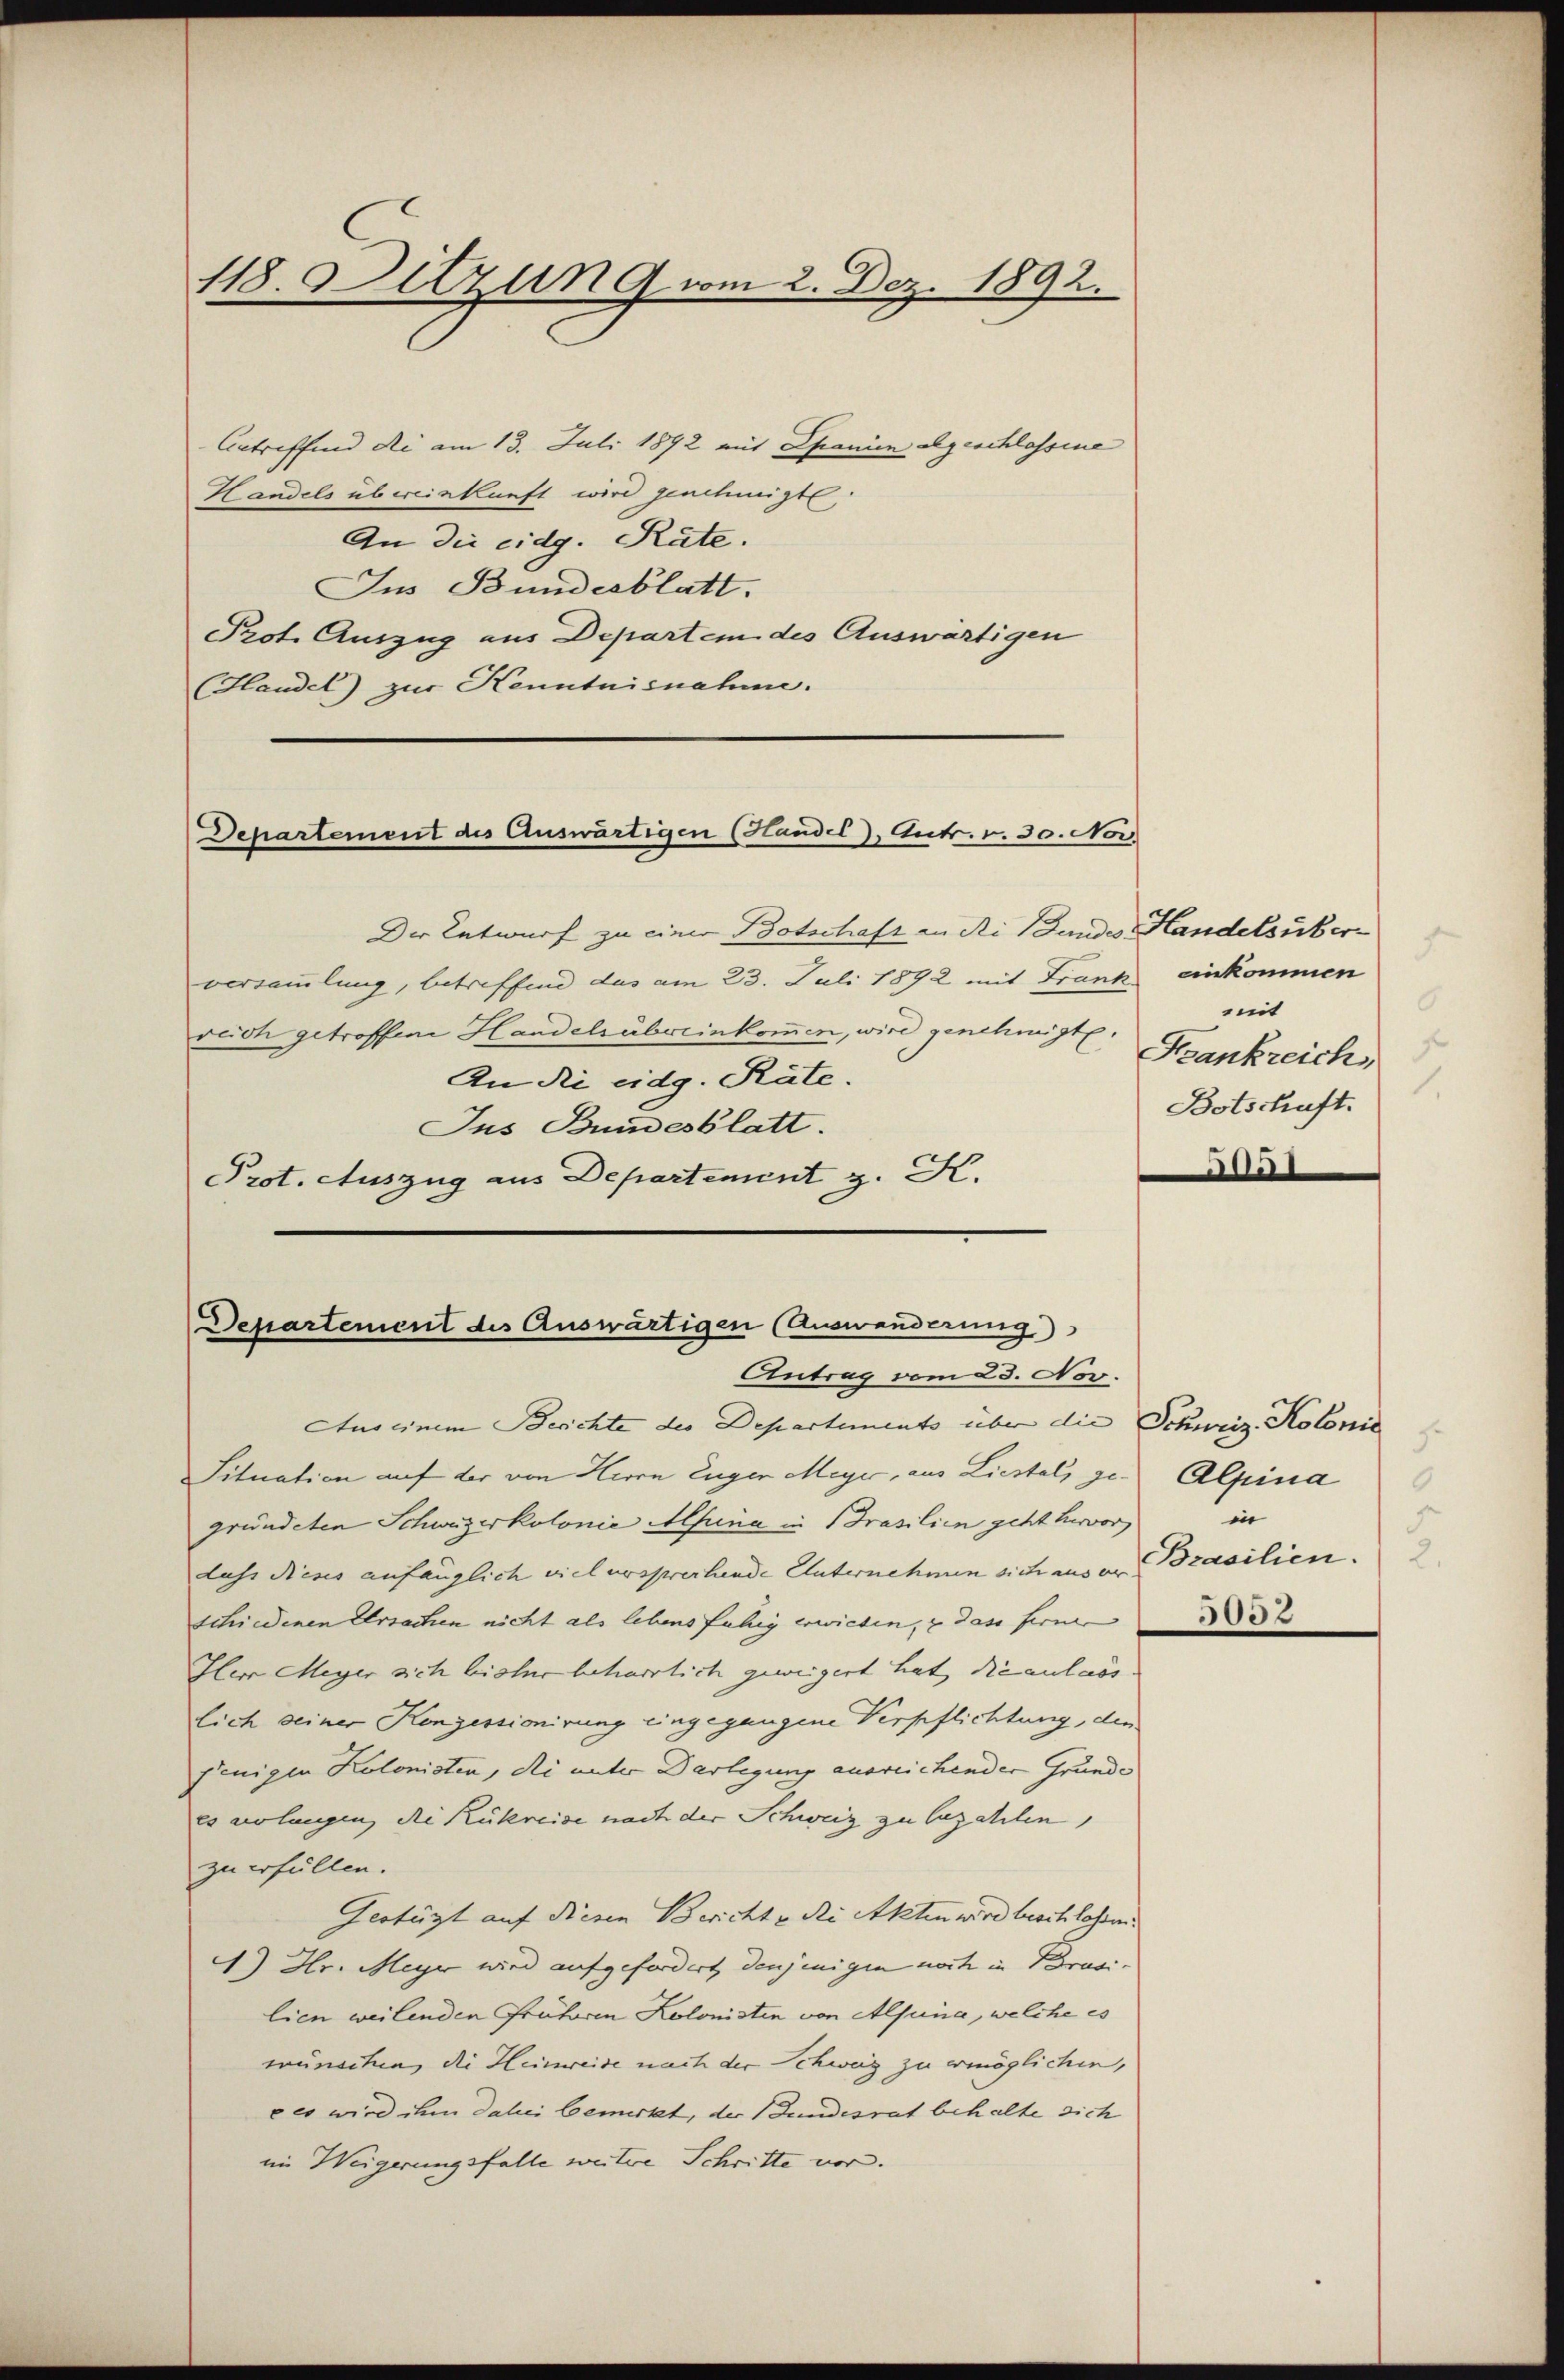
118. Sitzung vom 2. Dez. 1892.

Antreffend die am 13. Juli 1892 mit Spanien abgeschlossene
Handels übereinkunft wird genehmigte
An die eidg. Räte.
Jus Bundesblatt.
Prot. Auszug aus Departem des Auswärtigen
Handel) zur Kenntnisnahme.

Departement des Auswärtigen (Handel, Antr. v. 30. Nov

Der Entwurf zu einer Botschaft an die Bundes Handelsüber
versammlung, betreffend das am 23. Juli 1892 mit Frank einkommen
veich getroffene Handelsübereinkommen, wird genehmigte.
An Ri eidg. Räte.
Jus Bundesblatt.
Prot. Auszug aus Departement z. K.

Departement des Auswärtigen (Auswanderung
Antrag vom 23. Nov.

Aus einem Berichte des Departements über die Schweiz. Kolonie
Situation auf der von Herrn Enger Meyer, aus Liestel, ge- Alpina
gründeten Schweizerkolonie Mina in Prasilien geht hervor
dass dieses anfänglich viel versprechende Unternehmen sich aus er
schiedenen Ursachen nicht als lebens fuhrg erwieden, u das ferne
Iler Meyer sich bisher beharrlich geweigert hat, die anlass. |
lich seiner Konzessionirung eingegangene Verpflichtung, den
jenigen Kolonisten, die unter Darlegung ausreichender Grunde
es verlangen, die Rükreise nach der Schweiz zu bezahlen,
zu erfüllen.
Gestüzt auf diesen Bericht v. Ri Akten wird beschlossen.
) Hr. Meyer wird aufgefordert denjenigen noch in Brasi-
lien weilenden Prätoren Kolonisten von Alpina, welche es
wünschen, die Heinweide nach der Schweiz zu ermöglichen,
ees wird ihm dabei bemerkt, der Bundesrat behalte sich
im Weigerungsfalle weitere Schritte vor.

.
mit
Frankreich
Botschaft.
ate

in
5
Brasilien.
002